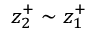
z _ { 2 } ^ { + } \sim z _ { 1 } ^ { + }